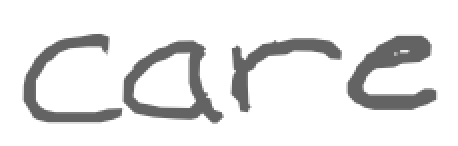
Text: care
Cross-out: clean
Writing tool: digital_gray